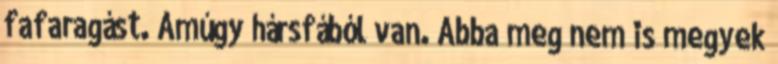
fafaragást. Amúgy hársfából van. Abba meg nem is megyek